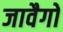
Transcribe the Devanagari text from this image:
जावैगो